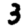
Digit: 3